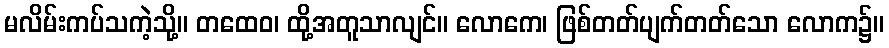
မလိမ်းကပ်သကဲ့သို့။ တထေဝ၊ ထို့အတူသာလျင်။ လောကေ၊ ဖြစ်တတ်ပျက်တတ်သော လောက၌။